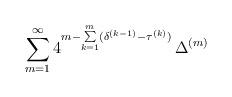
LaTeX: \begin{align*}\sum_{m=1}^\infty 4^{m-\sum\limits_{k=1}^{m} (\delta^{(k-1)}-\tau^{(k)} )}\,\Delta^{(m)}\end{align*}